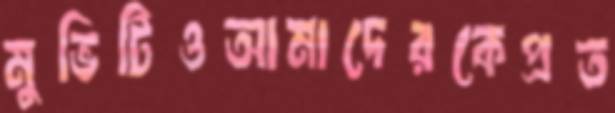
মুভিটিওআমাদেরকেপ্রত